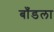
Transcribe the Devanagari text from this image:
बाँडला